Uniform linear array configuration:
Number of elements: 12
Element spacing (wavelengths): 1
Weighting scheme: blackman
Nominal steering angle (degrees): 45
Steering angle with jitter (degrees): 43.654
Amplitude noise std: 0.05
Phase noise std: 0.05

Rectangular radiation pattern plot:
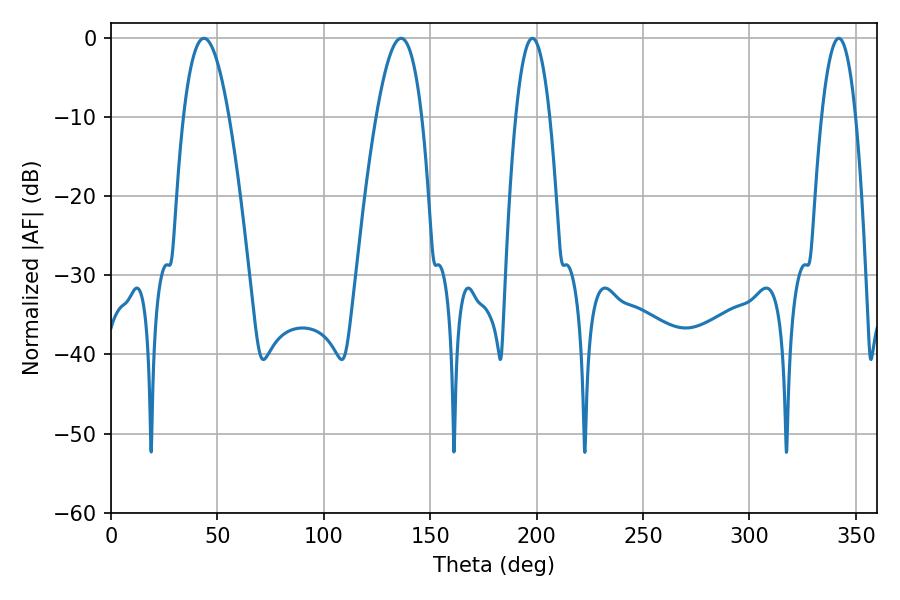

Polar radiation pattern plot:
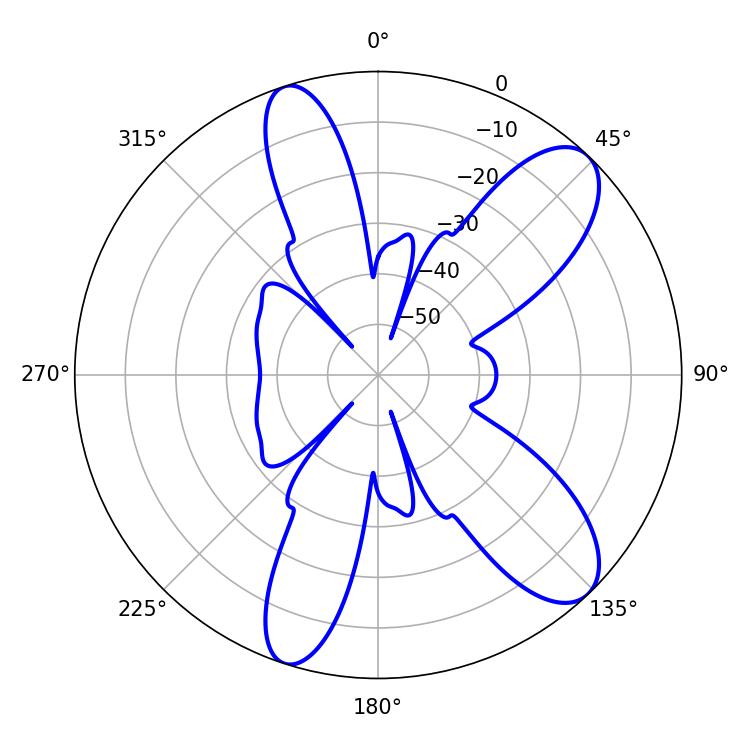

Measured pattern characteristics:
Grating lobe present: TRUE
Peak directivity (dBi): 9.916
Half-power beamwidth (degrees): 8.82
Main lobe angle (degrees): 198